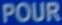
POUR